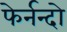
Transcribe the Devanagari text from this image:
फेर्नन्दो